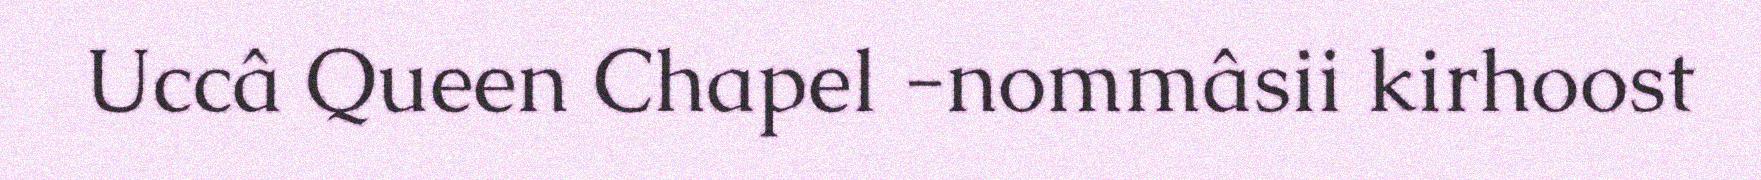
Uccâ Queen Chapel -nommâsii kirhoost